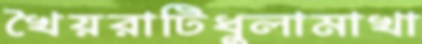
খৈয়রাটিধুলামাখা